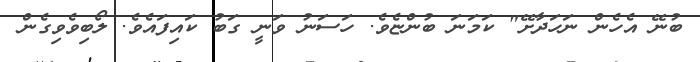
ބުނޭ އެހެން ނަހަދާށޭ" ކަމަނަ ބުންޏެވެ. ހަސަނު ވަނީ ގަބު ކައިފައެވެ. ލޯބިވެވިގެން